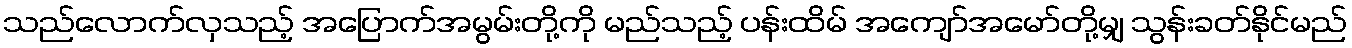
သည်လောက်လှသည့် အပြောက်အမွမ်းတို့ကို မည်သည့် ပန်းထိမ် အကျော်အမော်တို့မျှ သွန်းခတ်နိုင်မည်